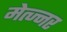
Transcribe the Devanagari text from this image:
मेत्ज्नर